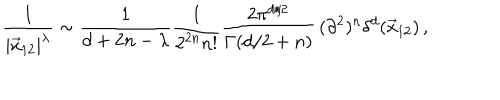
\frac { 1 } { | \vec { x } _ { 1 2 } | ^ { \lambda } } \sim \frac { 1 } { d + 2 n - \lambda } \frac { 1 } { 2 ^ { 2 n } n ! } \frac { 2 \pi ^ { d / 2 } } { \Gamma ( d / 2 + n ) } \, ( \partial ^ { 2 } ) ^ { n } \delta ^ { d } ( \vec { x } _ { 1 2 } ) \, ,